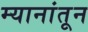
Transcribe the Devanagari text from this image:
म्यानांतून